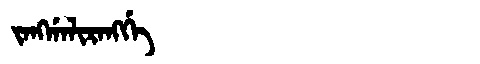
Manchu: ᠵᠠᠩᡤᠠᠯᡳᡵᠠᠩᡤᡝ
Romanization: JANGGALIRANGGE